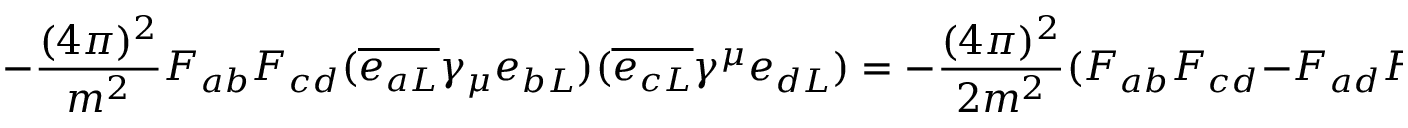
- \frac { ( 4 \pi ) ^ { 2 } } { m ^ { 2 } } F _ { a b } F _ { c d } ( \overline { { { e _ { a L } } } } \gamma _ { \mu } e _ { b L } ) ( \overline { { { e _ { c L } } } } \gamma ^ { \mu } e _ { d L } ) = - \frac { ( 4 \pi ) ^ { 2 } } { 2 m ^ { 2 } } ( F _ { a b } F _ { c d } - F _ { a d } F _ { c b } ) ( \overline { { { e _ { a L } } } } \gamma _ { \mu } e _ { b L } ) ( \overline { { { e _ { c L } } } } \gamma ^ { \mu } e _ { d L } ) \ ,